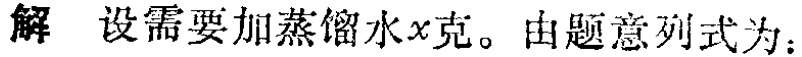
解 设需要加蒸馏水\(x\)克。由题意列式为：